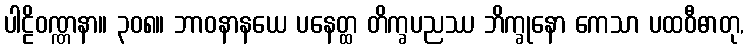
ပါဠိဝဏ္ဏနာ။ ၃၀၈။ ဘာဝနာနယေ ပနေတ္ထ တိက္ခပညဿ ဘိက္ခုနော ကေသာ ပထဝီဓာတု,